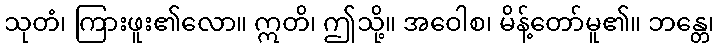
သုတံ၊ ကြားဖူး၏လော။ ဣတိ၊ ဤသို့။ အဝေါစ၊ မိန့်တော်မူ၏။ ဘန္တေ၊